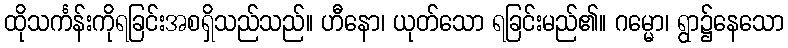
ထိုသင်္ကန်းကိုရခြင်းအစရှိသည်သည်။ ဟီနော၊ ယုတ်သော ရခြင်းမည်၏။ ဂမ္မော၊ ရွာ၌နေသော